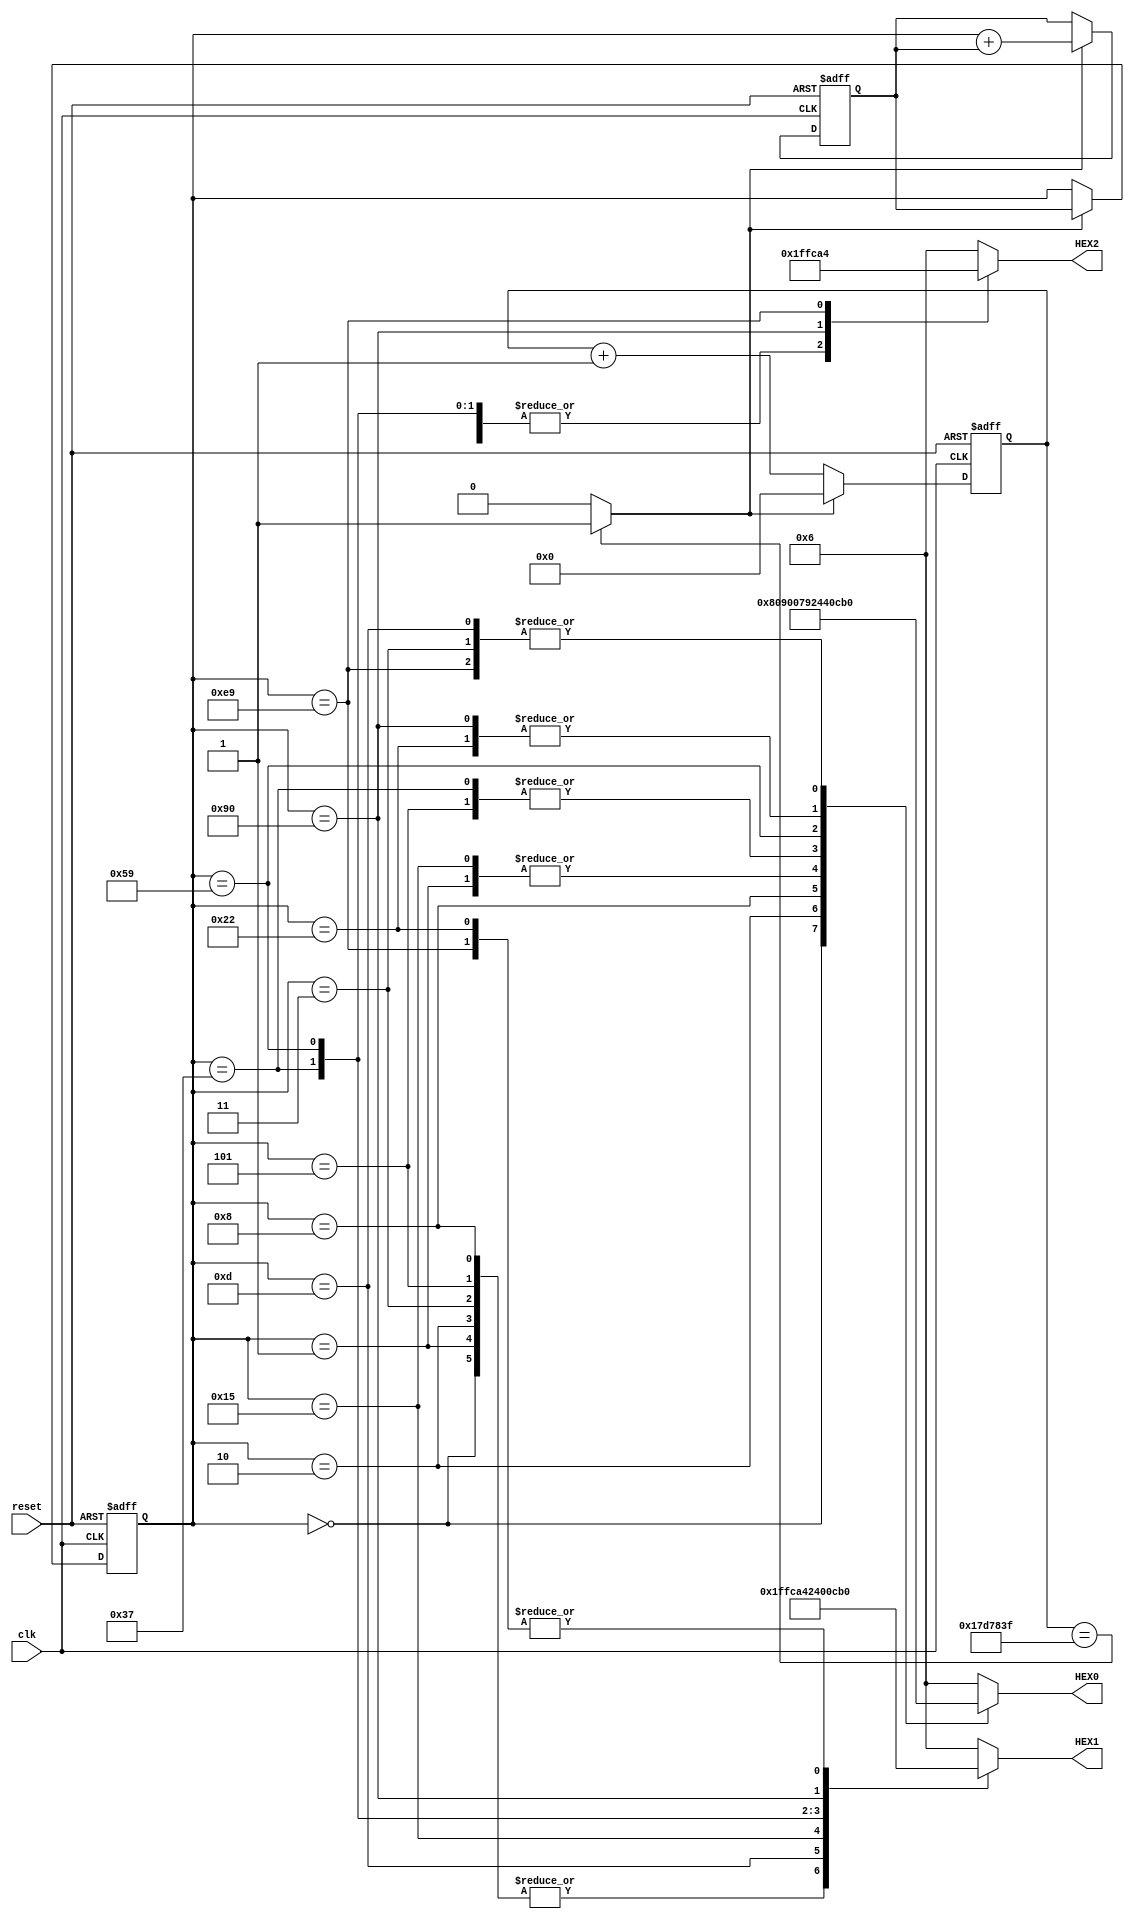
//Fibonacci module - behavioral
module Fibonacci(HEX0,HEX1,HEX2,clk,reset);
	output reg [6:0] HEX0,HEX1,HEX2;
	input wire clk,reset;
	reg [7:0] reg2,reg1;
	wire [7:0] q;
	wire enable;
	reg [24:0] delay_counter;	
	assign q=reg1+reg2;
	assign enable = (delay_counter == 25'd24999999) ? 1'b1 : 1'b0;	
	always @(posedge clk or posedge reset)
	begin
	    if(reset) 
           begin
			  reg1<=7'd0;
			  reg2<=7'd1;
			  delay_counter<=25'd0;
           end 
		else if(enable)
           begin
			   reg1<=reg2;
			   reg2<=q;
			   delay_counter<=25'd0; 
           end
	    else
		   delay_counter<=delay_counter+1'b1;
	end
		   
	always @(reg1)
		begin
		   case (reg1)
				8'd0:begin//periptwsh apeikonishs tou 0 		        
						HEX2<=7'b1111111; 
						HEX1<=7'b1111111; 
						HEX0<=7'b1000000;
					 end
				8'd1:begin//periptwsh apeikonishs tou 1		        
						HEX2<=7'b1111111; 						
						HEX1<=7'b1111111; 
						HEX0<=7'b1111001; 
					 end
				8'd2:begin//periptwsh apeikonishs tou 2 		        
						HEX2<=7'b1111111; 			
						HEX1<=7'b1111111; 
						HEX0<=7'b0100100;
					 end
				8'd3:begin//periptwsh apeikonishs tou 3		        
						HEX2<=7'b1111111; 
						HEX1<=7'b1111111; 
						HEX0<=7'b0110000; 
					 end
				8'd5:begin//periptwsh apeikonishs tou 5		        
						HEX2<=7'b1111111; 
						HEX1<=7'b1111111; 				
						HEX0<=7'b0010010;
					 end
				8'd8:begin//periptwsh apeikonishs tou 8 		        
						HEX2<=7'b1111111; 
                        HEX1<=7'b1111111; 
						HEX0<=7'b0000000; 
					 end
				8'd13:begin//periptwsh apeikonishs tou 13 		        
						HEX2<=7'b1111111; 
						HEX1<=7'b1111001; 	
						HEX0<=7'b0110000; 
					 end
				8'd21:begin//periptwsh apeikonishs tou 21 		        
						HEX2<=7'b1111111; 
						HEX1<=7'b0100100; 
						HEX0<=7'b1111001; 
					 end
				8'd34:begin//periptwsh apeikonishs tou 34 		        
						HEX2<=7'b1111111; 					
						HEX1<=7'b0110000; 
						HEX0<=7'b0011001; 
					 end
				8'd55:begin//periptwsh apeikonishs tou 55 		        
						HEX2<=7'b1111111;
						HEX1<=7'b0010010; 
						HEX0<=7'b0010010; 
					 end
				8'd89:begin//periptwsh apeikonishs tou 89 		        
						HEX2<=7'b1111111; 		
						HEX1<=7'b0000000; 
						HEX0<=7'b0010000; 
					 end
				8'd144:begin//periptwsh apeikonishs tou 144		        
						HEX2<=7'b1111001; 
						HEX1<=7'b0011001; 				
						HEX0<=7'b0011001; 
					 end
				8'd233:begin//periptwsh apeikonishs tou 233 		        
						HEX2<=7'b0100100; 
						HEX1<=7'b0110000; 
						HEX0<=7'b0110000; 
					 end
				default:begin//mh enammenomenh timh emfanizoume to EEE		        
						HEX2<=7'b0000110; 	
						HEX1<=7'b0000110; 			
						HEX0<=7'b0000110; 
					 end
		   endcase
	 end
endmodule